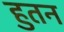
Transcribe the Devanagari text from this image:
हुतन